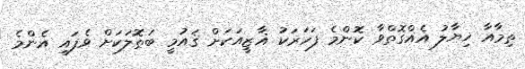
ތިމާއާ ޚިޔާލު އެއްގޮތްވާ ކޮންމެ ފަހަރަކު ޣާޒީއަކަށް ޤައުމީ ބަޠޮލަކަށް ވެފައި އެންމެ